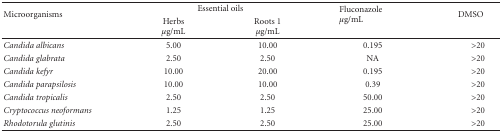
<table><thead><tr><td rowspan="2"><b>Microorganisms</b></td><td colspan="2"><b>Essential oils</b></td><td rowspan="2"><b>Fluconazole<i>μ</i>g/mL</b></td><td rowspan="2"><b>DMSO</b></td></tr><tr><td><b>Herbs<i>μ</i>g/mL</b></td><td><b>Roots 1 <i>μ</i>g/mL</b></td></tr></thead><tbody><tr><td><i>Candida albicans</i></td><td>5.00</td><td>10.00</td><td>0.195</td><td>&gt;20</td></tr><tr><td><i>Candida glabrata</i></td><td>2.50</td><td>2.50</td><td>NA</td><td>&gt;20</td></tr><tr><td><i>Candida kefyr</i></td><td>10.00</td><td>20.00</td><td>0.195</td><td>&gt;20</td></tr><tr><td><i>Candida parapsilosis</i></td><td>10.00</td><td>10.00</td><td>0.39</td><td>&gt;20</td></tr><tr><td><i>Candida tropicalis</i></td><td>2.50</td><td>2.50</td><td>50.00</td><td>&gt;20</td></tr><tr><td><i>Cryptococcus neoformans</i></td><td>1.25</td><td>1.25</td><td>25.00</td><td>&gt;20</td></tr><tr><td><i>Rhodotorula glutinis</i></td><td>2.50</td><td>2.50</td><td>25.00</td><td>&gt;20</td></tr></tbody></table>